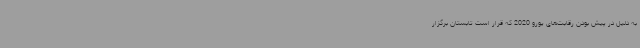
به دلیل در پیش بودن رقابت‌های یورو 2020 که قرار است تابستان برگزار